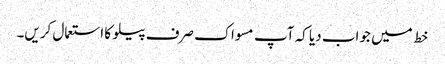
خط میں جواب دیا کہ آپ مسواک صرف پیلو کا استعمال کریں۔